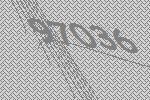
97036